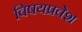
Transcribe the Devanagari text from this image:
विषयप्रवेश